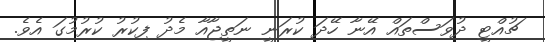
ޗުއްޓީ ދުވަސްތައް އޭނާ ހޭދަ ކުރަނީ ނަތީޖާއާ މެދު ފިކުރު ކުރުމުގަ އެވެ.